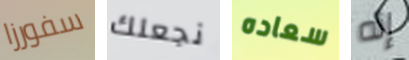
سفورزا نجعلك سعاده إنه